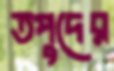
তপুদের